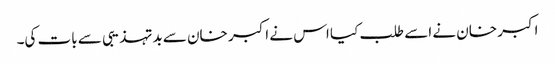
اکبر خان نے اسے طلب کیا اس نے اکبر خان سے بدتہذیبی سے بات کی۔